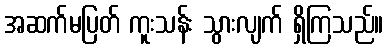
အဆက်မပြတ် ကူးသန်း သွားလျက် ရှိကြသည်။